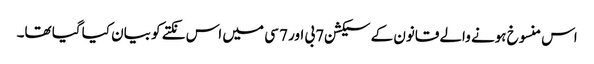
اس منسوخ ہونے والے قانون کے سیکشن 7بی اور 7 سی میں اس نکتے کو بیان کیا گیا تھا۔